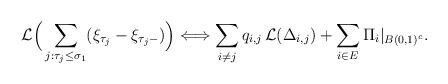
LaTeX: \begin{align*}\mathcal L\Big(\sum_{j:\tau_j\leq \sigma_1} (\xi_{\tau_j}-\xi_{\tau_{j}-})\Big)\Longleftrightarrow\sum_{i\not=j} q_{i,j} \,\mathcal L(\Delta_{i,j})+\sum_{i\in E}\Pi_i|_{B(0,1)^c}.\end{align*}